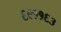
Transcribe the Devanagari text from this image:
६९११६३